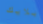
بلايك